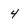
Character: 4